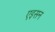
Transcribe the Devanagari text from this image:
एइसन